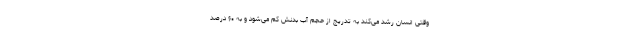
وقتی انسان رشد می‌کند به تدریج از حجم آب بدنش کم می‌شود و به ۶۰ درصد